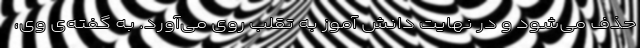
حذف می‌شود و در نهایت دانش آموز به تقلب روی می‌آورد. به گفته‌ی وی،